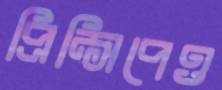
প্রিন্সিপেও